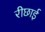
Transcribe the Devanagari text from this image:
रीछाई